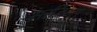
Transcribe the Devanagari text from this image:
सरजिन्स